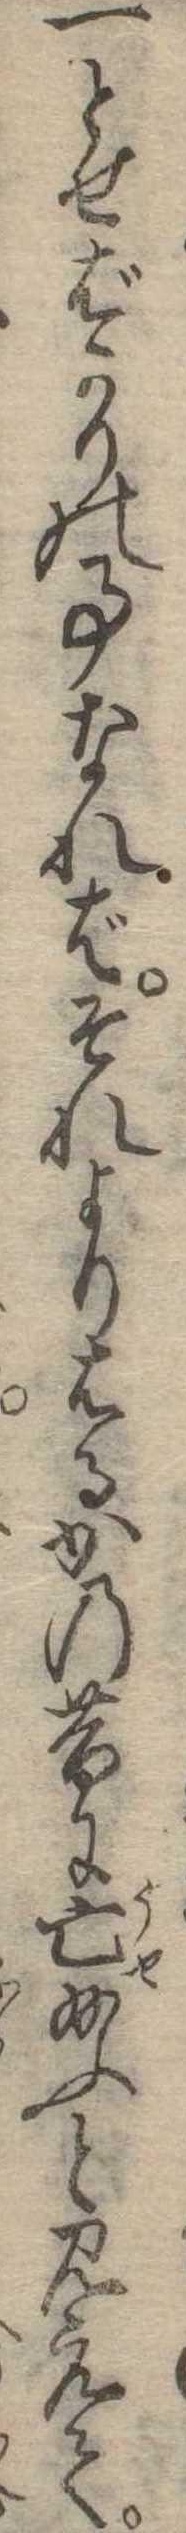
一とせばかりの事なればそれよりはるかの昔に亡給ふと見えて